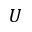
U